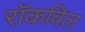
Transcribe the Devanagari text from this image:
रॉकविल